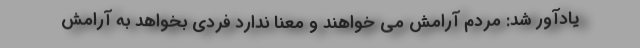
یادآور شد: مردم آرامش می خواهند و معنا ندارد فردی بخواهد به آرامش